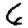
Digit: 6